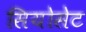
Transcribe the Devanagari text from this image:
सियोसेट